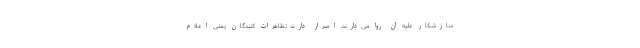
سازشکار علیه آن روا می‌دارند، اصرار دارند. تظاهرات کنندگان یمنی اعلام